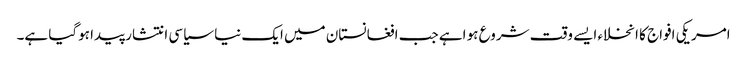
امریکی افواج کا انخلاء ایسے وقت شروع ہو اہے جب افغانستان میں ایک نیا سیاسی انتشار پیدا ہوگیا ہے۔